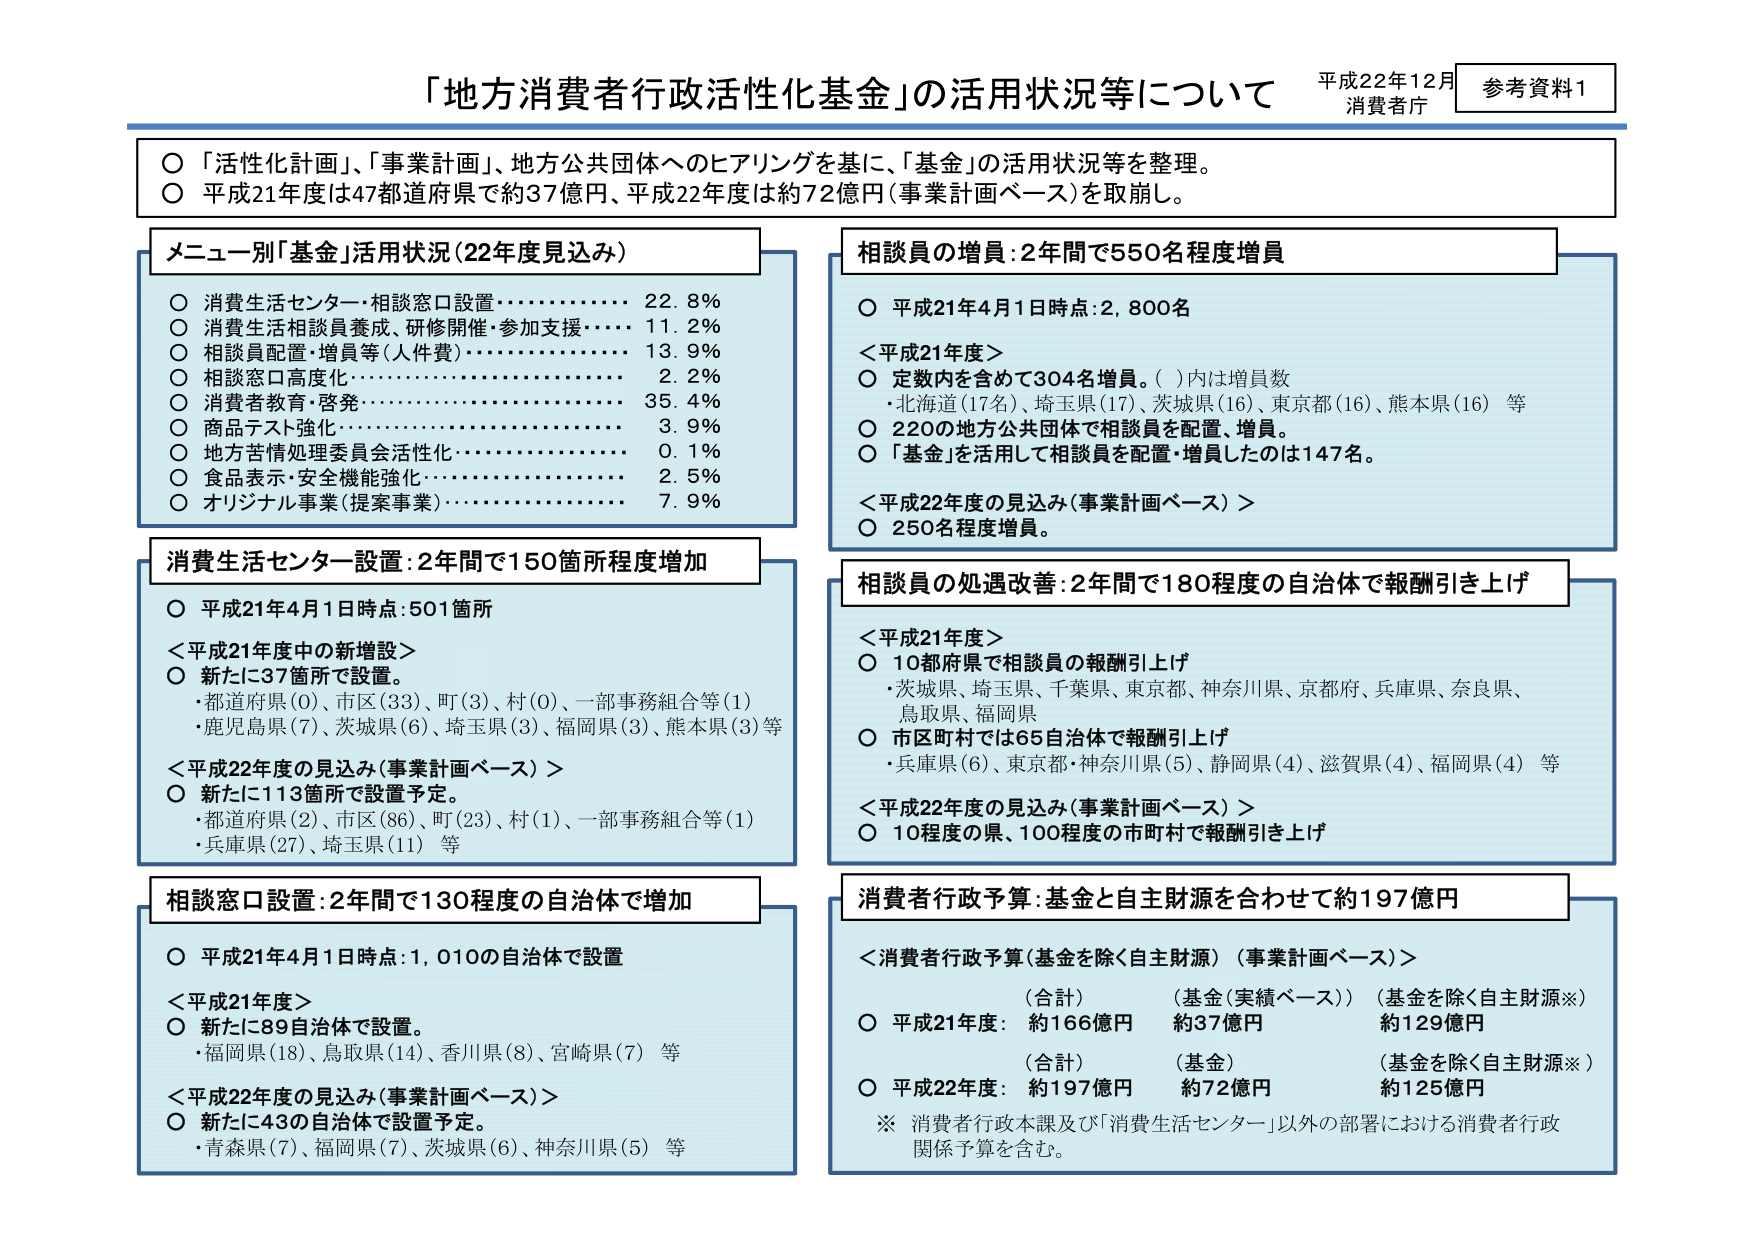
「地方消費者行政活性化基金」の活用状況等について
平成22年12月
消費者庁
参考資料1

○「活性化計画」、「事業計画」、地方公共団体へのヒアリングを基に、「基金」の活用状況等を整理。
○平成21年度は47都道府県で約37億円、平成22年度は約72億円（事業計画ベース）を取崩し。

メニュー別「基金」活用状況（22年度見込み）
○消費生活センター・相談窓口設置・・・・・・・・・・・・・・22.8％
○消費生活相談員養成（研修開催・参加支援）・・・・・・11.2％
○相談員配置・増員等（人件費）・・・・・・・・・・・・・・13.9％
○相談窓口高度化・・・・・・・・・・・・・・・・・・・・・・2.2％
○消費者教育・啓発・・・・・・・・・・・・・・・・・・・・35.4％
○商品テスト強化・・・・・・・・・・・・・・・・・・・・・・3.9％
○地方苦情処理委員会活性化・・・・・・・・・・・・・・・・・0.1％
○食品表示・安全機能強化・・・・・・・・・・・・・・・・・・2.5％
○オリジナル事業（提案事業）・・・・・・・・・・・・・・・・7.9％

相談員の増員：2年間で550名程度増員
○平成21年4月1日時点：2,800名
＜平成21年度＞
○定数内を含めて304名増員。（ ）内は増員数
・北海道（17名）、埼玉県（17）、茨城県（16）、東京都（16）、熊本県（16）等
○220の地方公共団体で相談員を配置、増員。
○「基金」を活用して相談員を配置・増員したのは147名。
＜平成22年度の見込み（事業計画ベース）＞
○250名程度増員。

消費生活センター設置：2年間で150箇所程度増加
○平成21年4月1日時点：501箇所
＜平成21年度中の新増設＞
○新たに37箇所で設置。
・都道府県（0）、市区（33）、町（3）、村（0）、一部事務組合等（1）
・鹿児島県（7）、茨城県（6）、埼玉県（3）、福岡県（3）、熊本県（3）等
＜平成22年度の見込み（事業計画ベース）＞
○新たに113箇所で設置予定。
・都道府県（2）、市区（86）、町（23）、村（1）、一部事務組合等（1）
・兵庫県（27）、埼玉県（11）等

相談員の処遇改善：2年間で180程度の自治体で報酬引き上げ
＜平成21年度＞
○10都府県で相談員の報酬引き上げ
・茨城県、埼玉県、千葉県、東京都、神奈川県、京都府、兵庫県、奈良県、
鳥取県、福岡県
○市区町村では65自治体で報酬引き上げ
・兵庫県（6）、東京都・神奈川県（5）、静岡県（4）、滋賀県（4）、福岡県（4）等
＜平成22年度の見込み（事業計画ベース）＞
○10程度の県、100程度の市町村で報酬引き上げ

相談窓口設置：2年間で130程度の自治体で増加
○平成21年4月1日時点：1,010の自治体で設置
＜平成21年度＞
○新たに89自治体で設置。
・福岡県（18）、鳥取県（14）、香川県（8）、宮崎県（7）等
＜平成22年度の見込み（事業計画ベース）＞
○新たに43の自治体で設置予定。
・青森県（7）、福岡県（7）、茨城県（6）、神奈川県（5）等

消費者行政予算：基金と自主財源を合わせて約197億円
＜消費者行政予算（基金を除く自主財源）（事業計画ベース）＞
（合計） （基金（実績ベース）） （基金を除く自主財源※）
○平成21年度： 約166億円 約37億円 約129億円
（合計） （基金） （基金を除く自主財源※）
○平成22年度： 約197億円 約72億円 約125億円
※消費者行政本課及び「消費生活センター」以外の部署における消費者行政関係予算を含む。